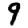
Digit: 9